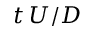
t \, U / D